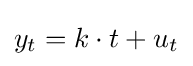
y_{t}=k\cdot t+u_{t}